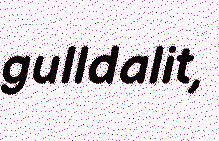
gulldalit,